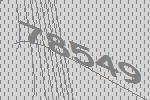
78549